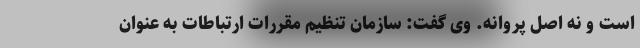
است و نه اصل پروانه. وی گفت: سازمان تنظیم مقررات ارتباطات به عنوان